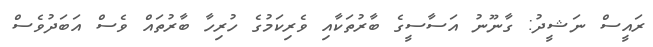
ރައީސް ނަޝީދު: ގާނޫނު އަސާސީގެ ބާރުތަކާއި ވެރިކަމުގެ ހުރިހާ ބާރުތައް ވެސް އަބަދުވެސް